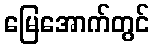
မြေအောက်တွင်